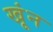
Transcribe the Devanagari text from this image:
खूंन